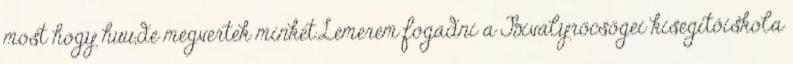
most hogy huu,de megvertek minket.Lemerem fogadni a Bivalyröcsögei kisegítőiskola